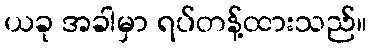
ယခု အခါမှာ ရပ်တန့်ထားသည်။